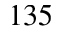
1 3 5